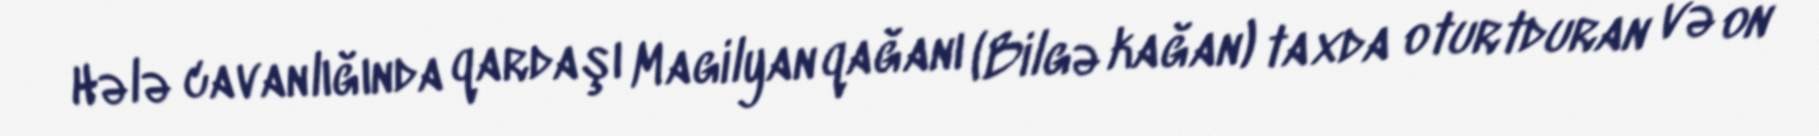
Hələ cavanlığında qardaşı Magilyan qağanı (Bilgə kağan) taxda oturtduran və on